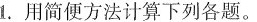
1.用简便方法计算下列各题。